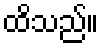
ထိသည်။